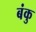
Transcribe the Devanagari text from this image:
बंकु